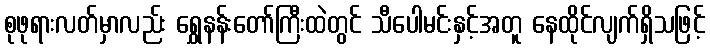
စုဖုရားလတ်မှာလည်း ရွှေနန်းတော်ကြီးထဲတွင် သီပေါမင်းနှင့်အတူ နေထိုင်လျက်ရှိသဖြင့်